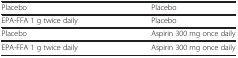
<table><thead><tr><td><b> </b></td><td><b> </b></td></tr></thead><tbody><tr><td>Placebo</td><td>Placebo</td></tr><tr><td>EPA-FFA 1 g twice daily</td><td>Placebo</td></tr><tr><td>Placebo</td><td>Aspirin 300 mg once daily</td></tr><tr><td>EPA-FFA 1 g twice daily</td><td>Aspirin 300 mg once daily</td></tr></tbody></table>